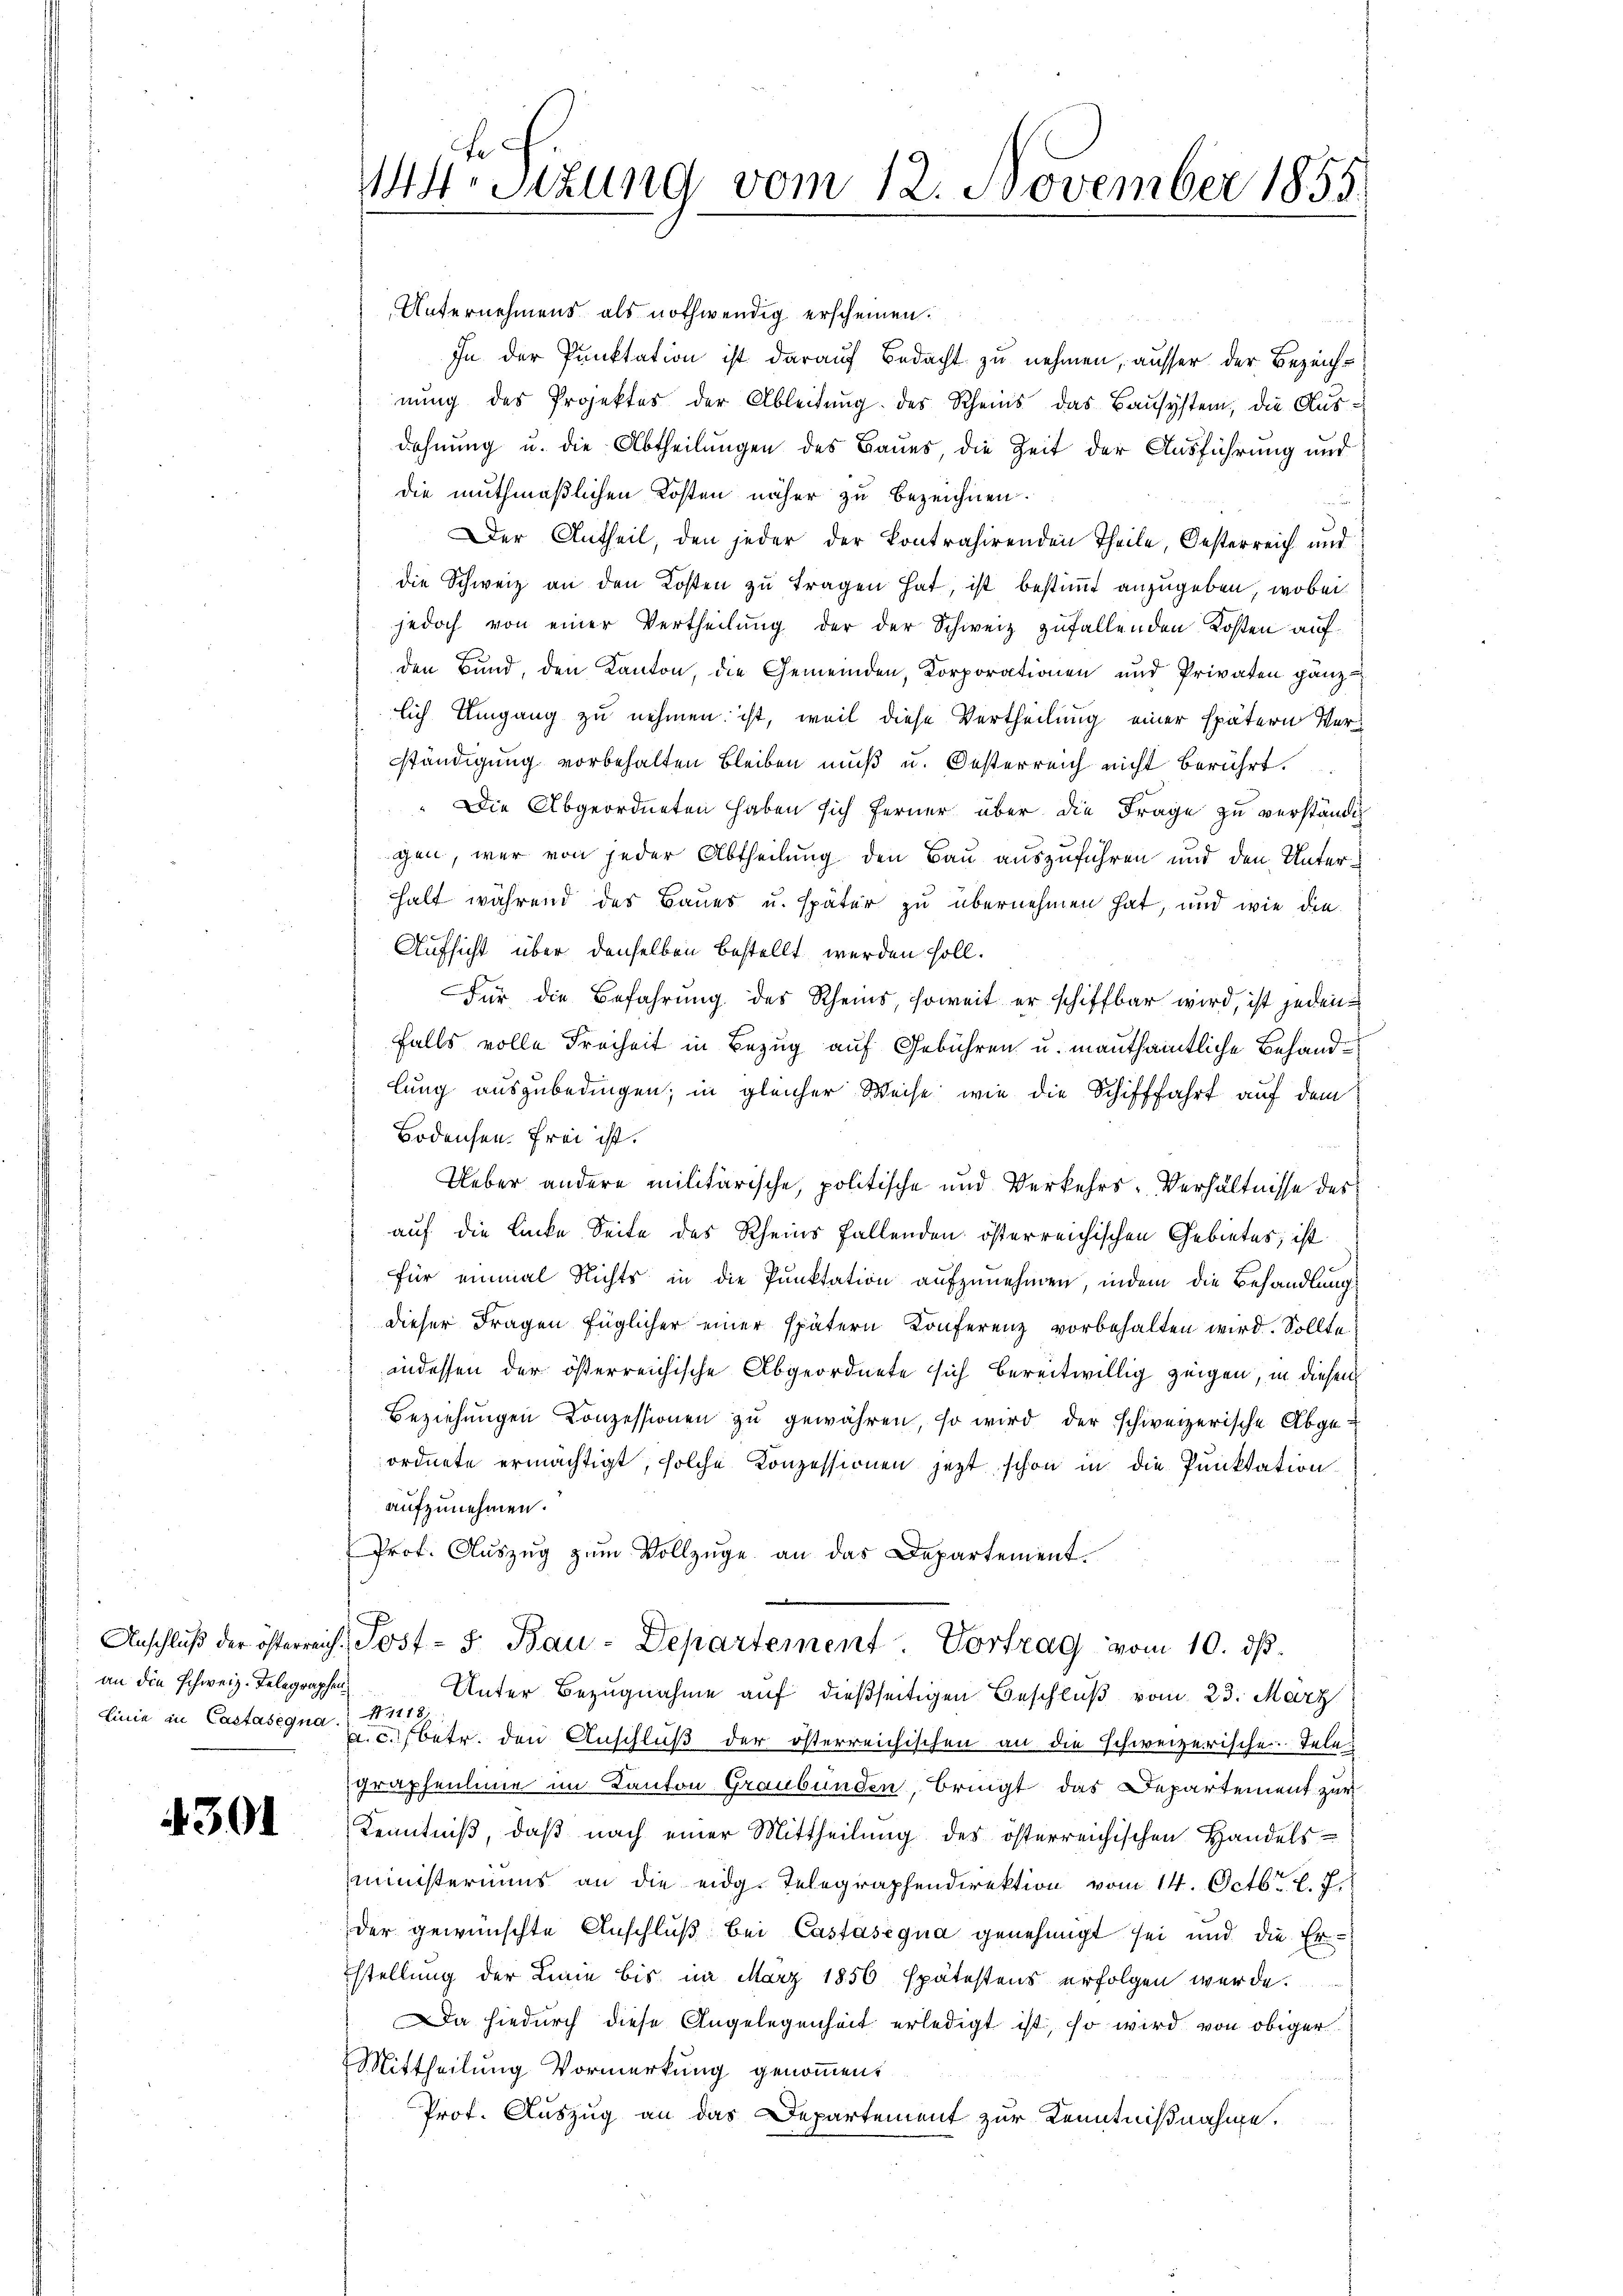
Anschluß der österreichan die schweiz. Telegraphen¬
Linie in Castasegna

4301

144 Sizung vom 12. November 1855.

Unternehmens als nothwendig erscheinen.
In der Punktation ist darauf Bedacht zu nehmen, ausser der Bezeichnung des Projektes der Ableitung des Rheins das Bausystem, die Ausdehnung u. die Abtheilungen des Baues die Zeit der Ausführung und
die muthmaßlichen Kosten näher zu bezeichnen.
Der Antheil, den jeder der Kontrahirenden Theile, Oesterreich und
die Schweiz an den Kosten zu tragen hat, ist bestimmt anzugeben, wobei
jedoch von einer Vertheilung der der Schweiz zufallenden Kosten auf
den Bund, den Kanton, die Gemeinden, Korporationen und Privaten ganz
lich Umgang zu nehmen ist, weil diese Vertheilung einer spätern Verständigung vorbehalten bleiben muß u. Oesterreich nicht berührt.
" Die Abgeordneten haben sich ferner über die Frage zu verständigen, war von jeder Abtheilung den Bau auszuführen und den Unterhalt während des Baues u. später zu übernehmen hat, und wie die
Aufsicht über denselben bestellt werden soll.
Für die Befahrung des Rheins, soweit er schiffbar wird, ist jedenfalls volle Freiheit in Bezug auf Gebühren u. mautsämtliche Behandlung auszubedingen; in gleicher Weise wie die Schifffahrt auf dem
Bodensen. Frei ist.
Ueber andere militärische, politische und Verkehrs-Verhältnisse des
auf die Lücke Seite des Rheins fallenden österreichischen Gebietes, ist
für einmal nichts in die Punktation aufzunehmen, indem die Behandlung
dieser Fragen füglicher einer spätern Konferenz vorbehalten wird. Sollte
indessen der österreichische Abgeordnete sich bereitwillig zeigen, in diesen
Beziehungen Conzessionen zu gewähren, so wird der schweizerische Abgeordnete ermächtigt, solche Konzessionen jetzt schon in die Punktation
aufzunehmen.
Prof. Aŭszŭg zŭm Vollzüge an das Departement.
Post- 5. Bau-Departement. Vortrag vom 10. ds.
Unter Bezugnahme auf dießseitigen Beschluß vom 23. März
N1118)
a. c. betr. den Anschluß der österreichischen an die schweizerische. Telegraphenlinie im Kanton Graubünden, bringt das Departement zur
Kenntniß, daß nach einer Mittheilung des österreichischen Handels-
(ministeriums an die eidg. Telegraphendirektion vom 14. Octbr. l. J.
der gewünschte Anschluß bei Castasigna genehmigt sei und die Er-
stellung der Linie bis im März 1856 spätestens erfolgen werde.
Da hiedurch diese Angelegenheit erledigt ist, so wird von obiger
Mittheilung Vormerkung genommen.
Prof. Auszug an das Departement zur Kenntnißnahme.